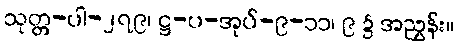
သုတ္တ-ပါ-၂၇၉၊ ဋ္ဌ-ပ-အုပ်-၉-၁၁၊ ၉ ၌ အညွှန်း။